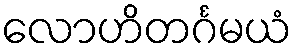
လောဟိတင်္ဂမယံ